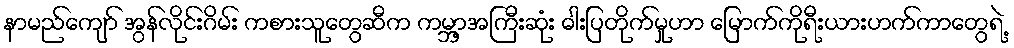
နာမည်ကျော် အွန်လိုင်းဂိမ်း ကစားသူတွေဆီက ကမ္ဘာ့အကြီးဆုံး ဓါးပြတိုက်မှုဟာ မြောက်ကိုရီးယားဟက်ကာတွေရဲ့